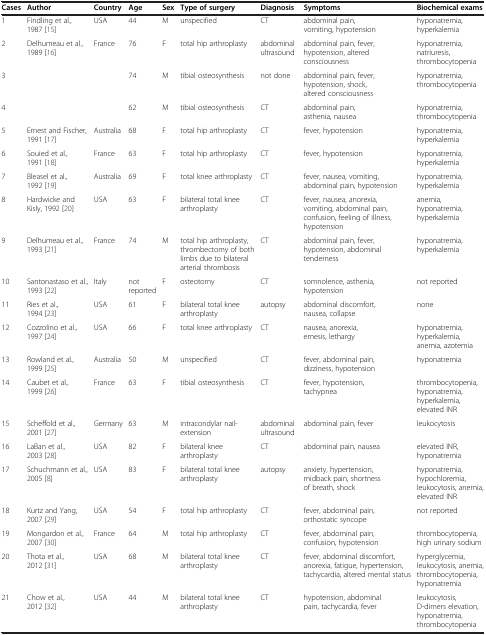
<table><thead><tr><td><b>Cases</b></td><td><b>Author</b></td><td><b>Country</b></td><td><b>Age</b></td><td><b>Sex</b></td><td><b>Type of surgery</b></td><td><b>Diagnosis</b></td><td><b>Symptoms</b></td><td><b>Biochemical exams</b></td></tr></thead><tbody><tr><td>1</td><td>Findling et al., 1987 [15]</td><td>USA</td><td>44</td><td>M</td><td>unspecified</td><td>CT</td><td>abdominal pain, vomiting, hypotension</td><td>hyponatremia, hyperkalemia</td></tr><tr><td>2</td><td rowspan="3">Delhumeau et al., 1989 [16]</td><td rowspan="3">France</td><td>76</td><td>F</td><td>total hip arthroplasty</td><td>abdominal ultrasound</td><td>abdominal pain, fever, hypotension, altered consciousness</td><td>hyponatremia, natriuresis, thrombocytopenia</td></tr><tr><td>3</td><td>74</td><td>M</td><td>tibial osteosynthesis</td><td>not done</td><td>abdominal pain, fever, hypotension, shock, altered consciousness</td><td>hyponatremia, thrombocytopenia</td></tr><tr><td>4</td><td>62</td><td>M</td><td>tibial osteosynthesis</td><td>CT</td><td>abdominal pain, asthenia, nausea</td><td>hyponatremia, thrombocytopenia</td></tr><tr><td>5</td><td>Ernest and Fischer, 1991 [17]</td><td>Australia</td><td>68</td><td>F</td><td>total hip arthroplasty</td><td>CT</td><td>fever, hypotension</td><td>hyponatremia, hyperkalemia</td></tr><tr><td>6</td><td>Souied et al., 1991 [18]</td><td>France</td><td>63</td><td>F</td><td>total hip arthroplasty</td><td>CT</td><td>fever, hypotension</td><td>hyponatremia, hyperkalemia</td></tr><tr><td>7</td><td>Bleasel et al., 1992 [19]</td><td>Australia</td><td>69</td><td>F</td><td>total knee arthroplasty</td><td>CT</td><td>fever, nausea, vomiting, abdominal pain, hypotension</td><td>hyponatremia, hyperkalemia</td></tr><tr><td>8</td><td>Hardwicke and Kisly, 1992 [20]</td><td>USA</td><td>63</td><td>F</td><td>bilateral total knee arthroplasty</td><td>CT</td><td>fever, nausea, anorexia, vomiting, abdominal pain, confusion, feeling of illness, hypotension</td><td>anemia, hyponatremia, hyperkalemia</td></tr><tr><td>9</td><td>Delhumeau et al., 1993 [21]</td><td>France</td><td>74</td><td>M</td><td>total hip arthroplasty, thrombectomy of both limbs due to bilateral arterial thrombosis</td><td>CT</td><td>abdominal pain, fever, hypotension, abdominal tenderness</td><td>hyponatremia, hyperkalemia</td></tr><tr><td>10</td><td>Santonastaso et al., 1993 [22]</td><td>Italy</td><td>not reported</td><td>F</td><td>osteotomy</td><td>CT</td><td>somnolence, asthenia, hypotension</td><td>not reported</td></tr><tr><td>11</td><td>Ries et al., 1994 [23]</td><td>USA</td><td>61</td><td>F</td><td>bilateral total knee arthroplasty</td><td>autopsy</td><td>abdominal discomfort, nausea, collapse</td><td>none</td></tr><tr><td>12</td><td>Cozzolino et al., 1997 [24]</td><td>USA</td><td>66</td><td>F</td><td>total knee arthroplasty</td><td>CT</td><td>nausea, anorexia, emesis, lethargy</td><td>hyponatremia, hyperkalemia, anemia, azotemia</td></tr><tr><td>13</td><td>Rowland et al., 1999 [25]</td><td>Australia</td><td>50</td><td>M</td><td>unspecified</td><td>CT</td><td>fever, abdominal pain, dizziness, hypotension</td><td>hyponatremia</td></tr><tr><td>14</td><td>Caubet et al., 1999 [26]</td><td>France</td><td>63</td><td>F</td><td>tibial osteosynthesis</td><td>CT</td><td>fever, hypotension, tachypnea</td><td>thrombocytopenia, hyponatremia, hyperkalemia, elevated INR</td></tr><tr><td>15</td><td>Scheffold et al., 2001 [27]</td><td>Germany</td><td>63</td><td>M</td><td>intracondylar nail-extension</td><td>abdominal ultrasound</td><td>abdominal pain, fever</td><td>leukocytosis</td></tr><tr><td>16</td><td>LaBan et al., 2003 [28]</td><td>USA</td><td>82</td><td>F</td><td>bilateral knee arthroplasty</td><td>CT</td><td>abdominal pain, nausea</td><td>elevated INR, hyponatremia</td></tr><tr><td>17</td><td>Schuchmann et al., 2005 [8]</td><td>USA</td><td>83</td><td>F</td><td>bilateral total knee arthroplasty</td><td>autopsy</td><td>anxiety, hypertension, midback pain, shortness of breath, shock</td><td>hyponatremia, hypochloremia, leukocytosis, anemia, elevated INR</td></tr><tr><td>18</td><td>Kurtz and Yang, 2007 [29]</td><td>USA</td><td>54</td><td>F</td><td>total hip arthroplasty</td><td>CT</td><td>fever, abdominal pain, orthostatic syncope</td><td>not reported</td></tr><tr><td>19</td><td>Mongardon et al., 2007 [30]</td><td>France</td><td>64</td><td>M</td><td>total hip arthroplasty</td><td>CT</td><td>fever, abdominal pain, confusion, hypotension</td><td>thrombocytopenia, high urinary sodium</td></tr><tr><td>20</td><td>Thota et al., 2012 [31]</td><td>USA</td><td>68</td><td>M</td><td>bilateral total knee arthroplasty</td><td>CT</td><td>fever, abdominal discomfort, anorexia, fatigue, hypertension, tachycardia, altered mental status</td><td>hyperglycemia, leukocytosis, anemia, thrombocytopenia, hyponatremia</td></tr><tr><td>21</td><td>Chow et al., 2012 [32]</td><td>USA</td><td>44</td><td>M</td><td>bilateral total knee arthroplasty</td><td>CT</td><td>hypotension, abdominal pain, tachycardia, fever</td><td>leukocytosis, D-dimers elevation, hyponatremia, thrombocytopenia</td></tr></tbody></table>